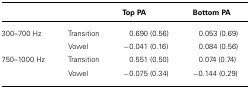
<table><thead><tr><td></td><td></td><td><b>Top PA</b></td><td><b>Bottom PA</b></td></tr></thead><tbody><tr><td>300–700 Hz</td><td>Transition</td><td>0.690 (0.56)</td><td>0.053 (0.69)</td></tr><tr><td></td><td>Vowel</td><td>-0.041 (0.16)</td><td>0.084 (0.56)</td></tr><tr><td>750–1000 Hz</td><td>Transition</td><td>0.551 (0.50)</td><td>0.074 (0.74)</td></tr><tr><td></td><td>Vowel</td><td>-0.075 (0.34)</td><td>-0.144 (0.29)</td></tr></tbody></table>